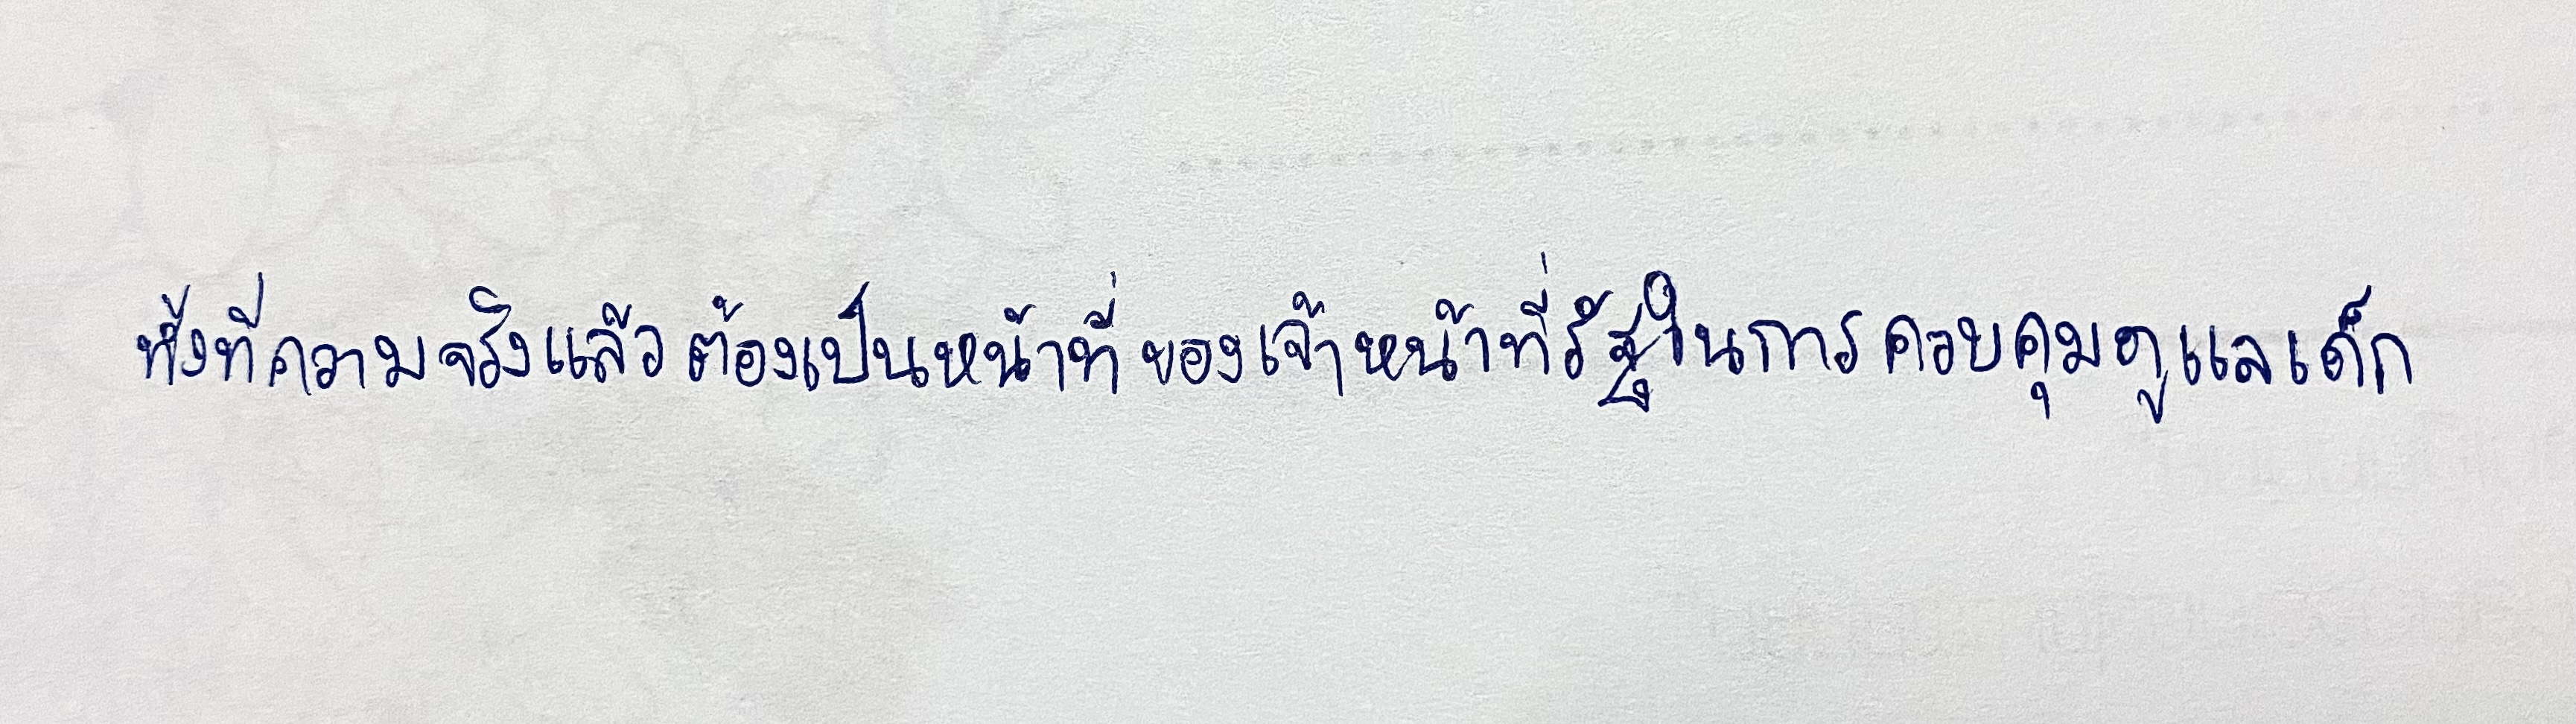
ทั้งที่ความจริงแล้วต้องเป็นหน้าที่ของเจ้าหน้าที่รัฐในการควบคุมดูแลเด็ก